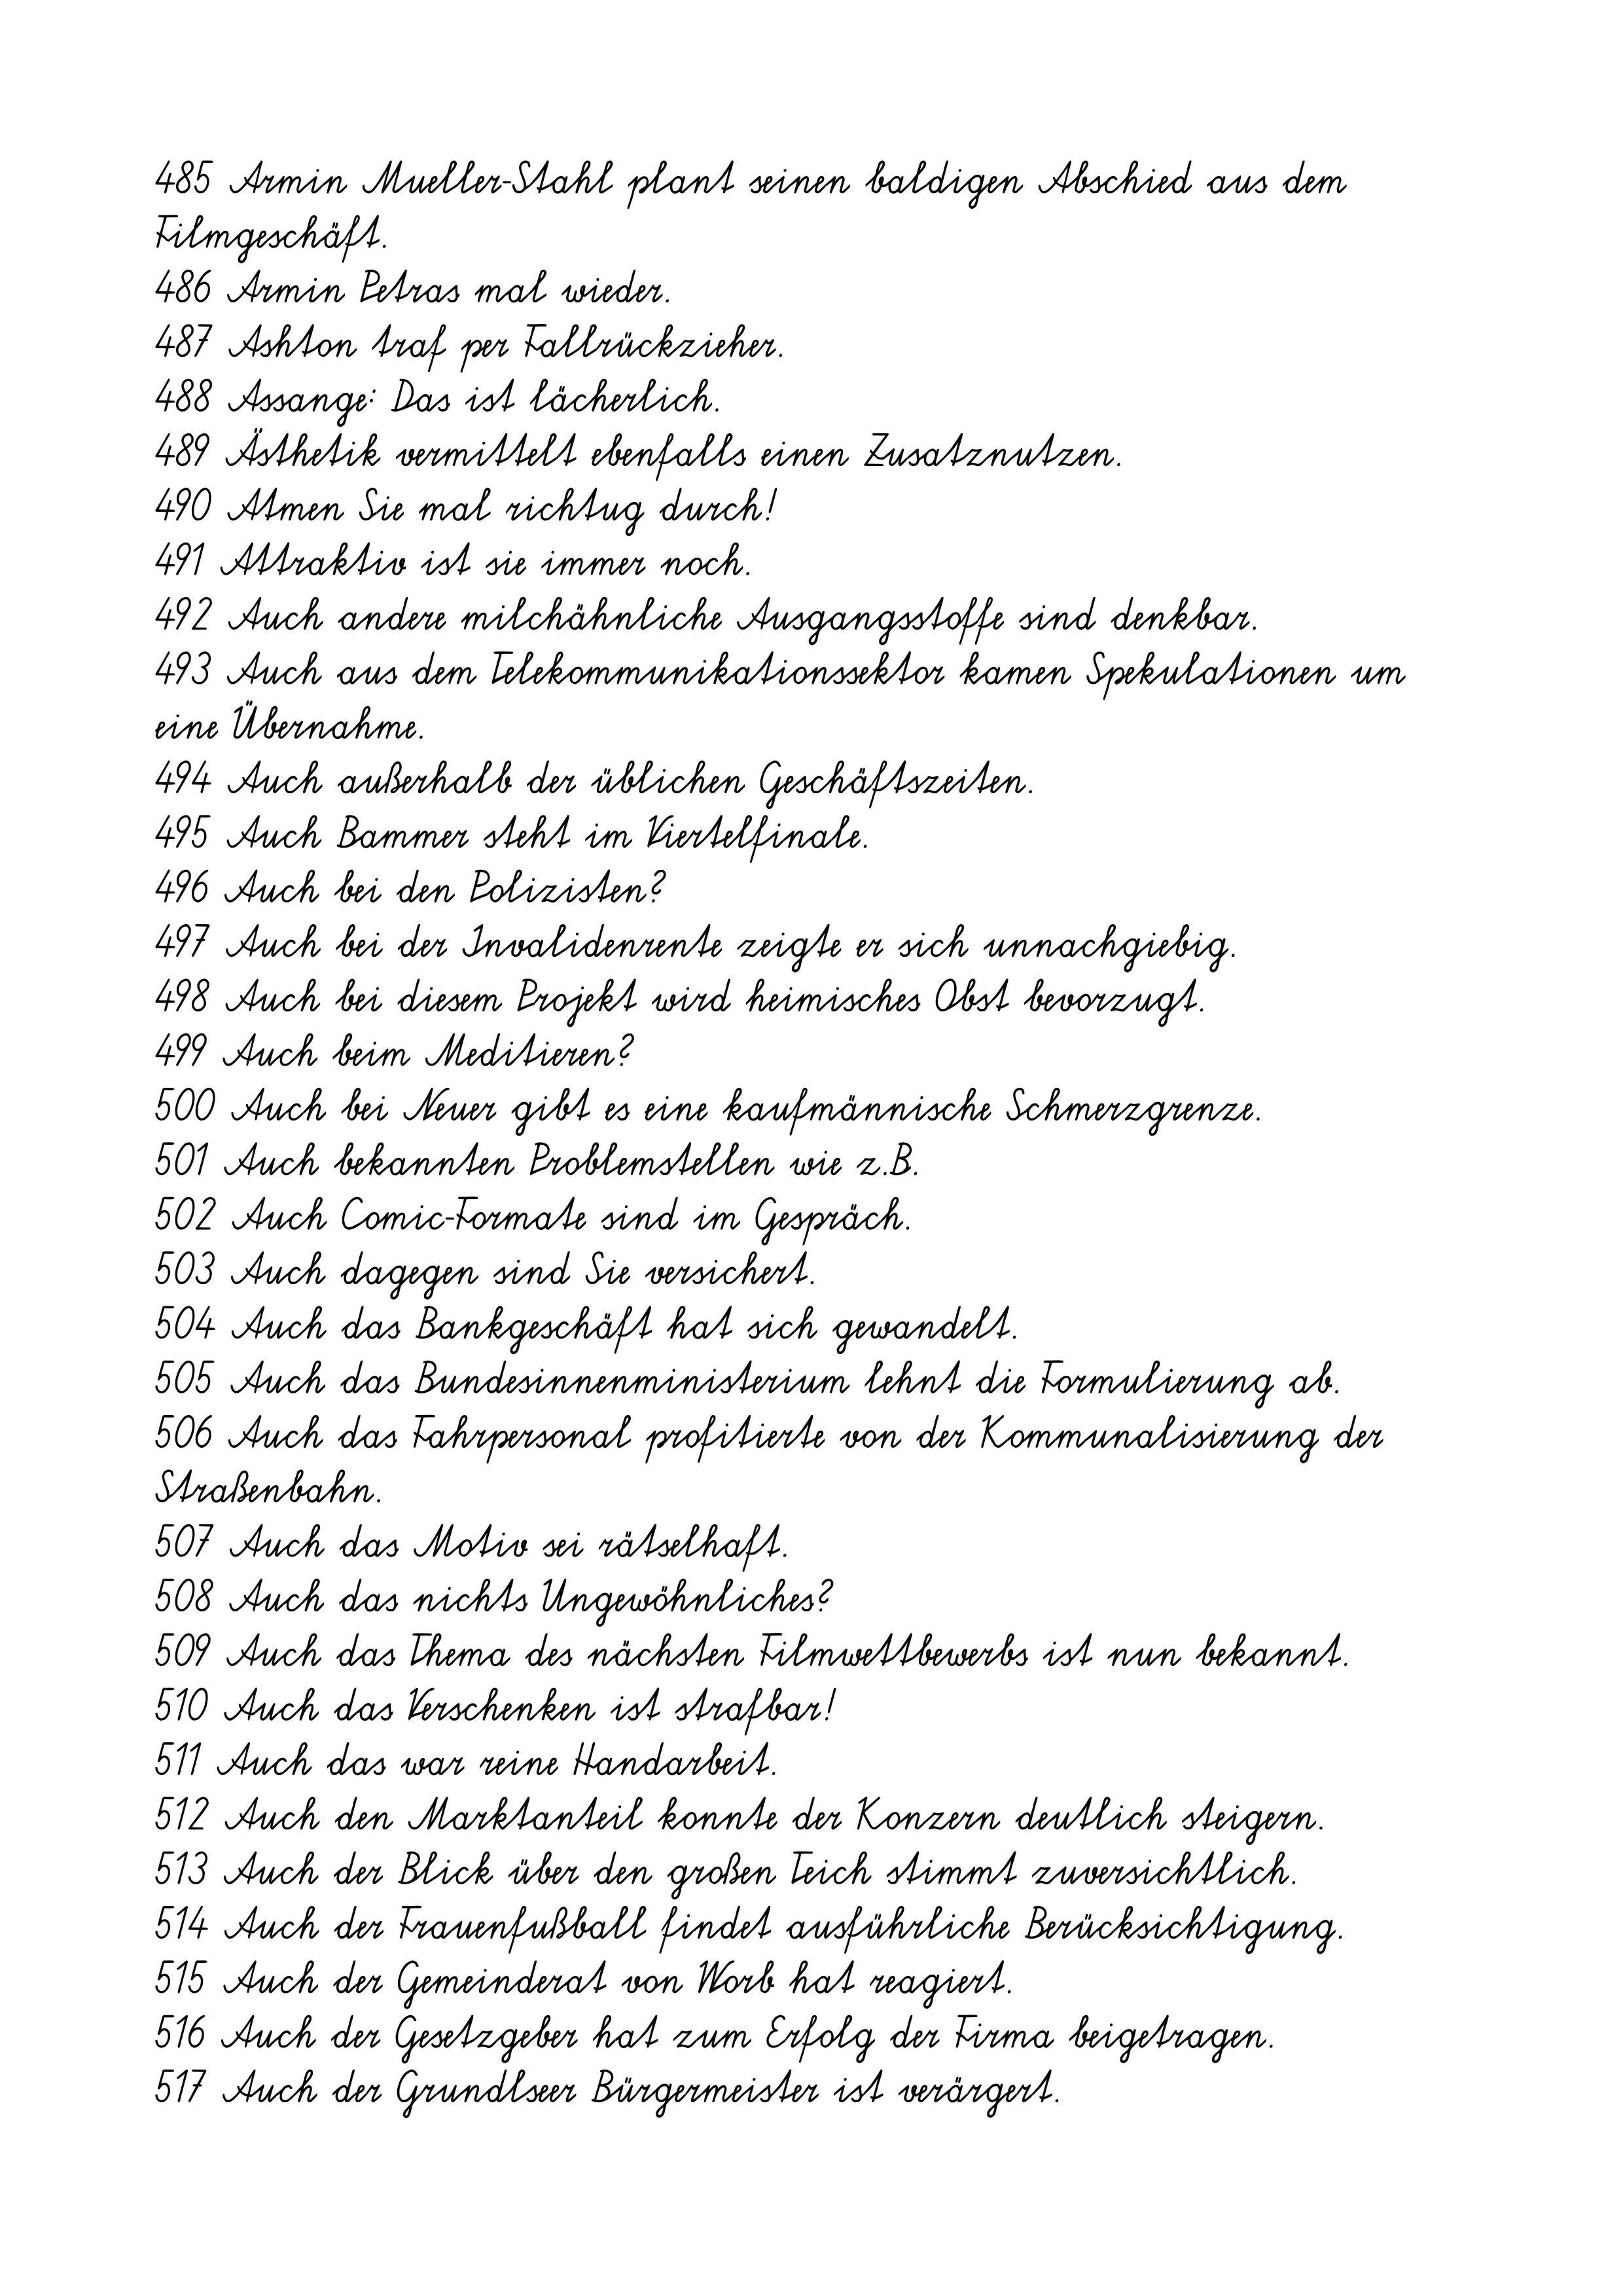
485 Armin Mueller-Stahl plant seinen baldigen Abschied aus dem
Filmgeschäft.
486 Armin Petras mal wieder.
487 Ashton traf per Fallrückzieher.
488 Assange: Das ist lächerlich.
489 Ästhetik vermittelt ebenfalls einen Zusatznutzen.
490 Atmen Sie mal richtug durch!
491 Attraktiv ist sie immer noch.
492 Auch andere milchähnliche Ausgangsstoffe sind denkbar.
493 Auch aus dem Telekommunikationssektor kamen Spekulationen um
eine Übernahme.
494 Auch außerhalb der üblichen Geschäftszeiten.
495 Auch Bammer steht im Viertelfinale.
496 Auch bei den Polizisten?
497 Auch bei der Invalidenrente zeigte er sich unnachgiebig.
498 Auch bei diesem Projekt wird heimisches Obst bevorzugt.
499 Auch beim Meditieren?
500 Auch bei Neuer gibt es eine kaufmännische Schmerzgrenze.
501 Auch bekannten Problemstellen wie z.B.
502 Auch Comic-Formate sind im Gespräch.
503 Auch dagegen sind Sie versichert.
504 Auch das Bankgeschäft hat sich gewandelt.
505 Auch das Bundesinnenministerium lehnt die Formulierung ab.
506 Auch das Fahrpersonal profitierte von der Kommunalisierung der
Straßenbahn.
507 Auch das Motiv sei rätselhaft.
508 Auch das nichts Ungewöhnliches?
509 Auch das Thema des nächsten Filmwettbewerbs ist nun bekannt.
510 Auch das Verschenken ist strafbar!
511 Auch das war reine Handarbeit.
512 Auch den Marktanteil konnte der Konzern deutlich steigern.
513 Auch der Blick über den großen Teich stimmt zuversichtlich.
514 Auch der Frauenfußball findet ausführliche Berücksichtigung.
515 Auch der Gemeinderat von Worb hat reagiert.
516 Auch der Gesetzgeber hat zum Erfolg der Firma beigetragen.
517 Auch der Grundlseer Bürgermeister ist verärgert.